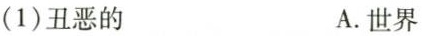
(1)丑恶的 A.世界